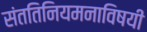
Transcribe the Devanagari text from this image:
संततिनियमनाविषयी